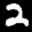
Label: 2